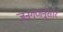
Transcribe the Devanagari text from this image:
जनगणनेुसार